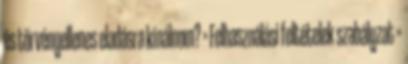
és törvényellenes eladásra kínálnom? » Felhasználási feltételek szabályzat »